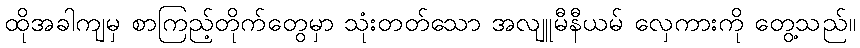
ထိုအခါကျမှ စာကြည့်တိုက်တွေမှာ သုံးတတ်သော အလျူမီနီယမ် လှေကားကို တွေ့သည်။